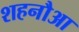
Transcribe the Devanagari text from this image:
शहनौआ